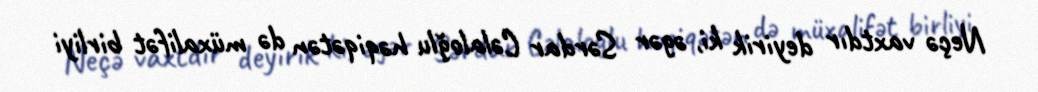
Neçə vaxtdır deyirik ki, əgər Sərdar Cəlaloğlu həqiqətən də müxalifət birliyi